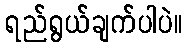
ရည်ရွယ်ချက်ပါပဲ။